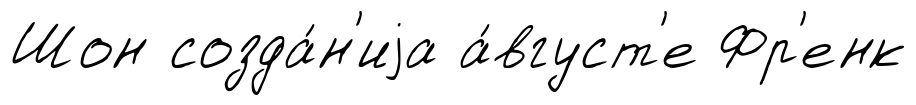
Шон созда́н'иjа а́вгуст'е Фр'енк